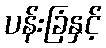
ပန်းခြံနှင့်